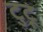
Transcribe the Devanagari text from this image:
टुटू